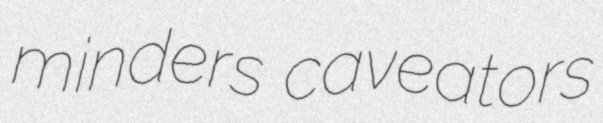
minders caveators